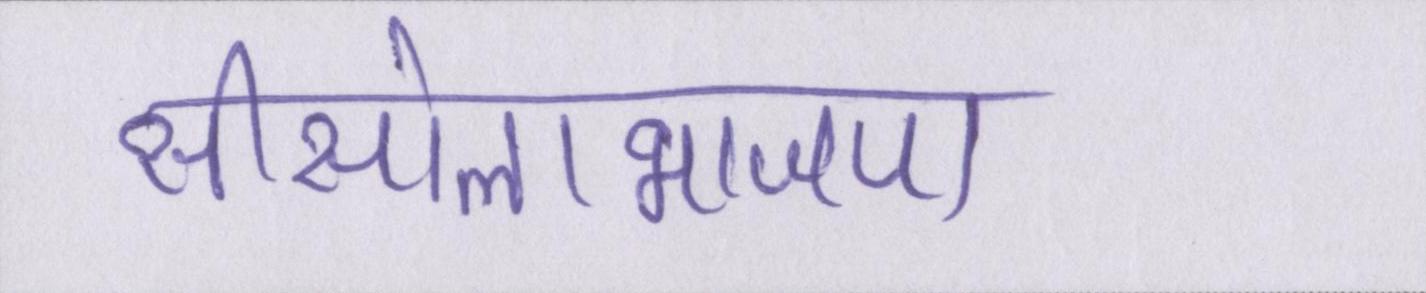
सीसोलाभाजपा